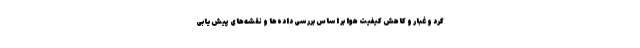
گرد و غبار و کاهش کیفیت هوا بر اساس بررسی داده‌ها و نقشه‌های پیش‌یابی